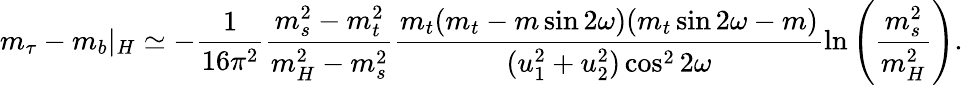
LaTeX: m_{\tau}-m_{b}|_{H}\simeq-\frac{1}{16\pi^{2}}\frac{m_{s}^{2}-m_{t}^{2}}{m_{H}^{2}-m_{s}^{2}}\frac{m_{t}(m_{t}-m\sin 2\omega)(m_{t}\sin 2\omega-m)}{(u_{1}^{2}+u_{2}^{2})\cos^{2}2\omega}\ln\left(\frac{m_{s}^{2}}{m_{H}^{2}}\right).